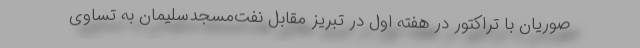
صوریان با تراکتور در هفته اول در تبریز مقابل نفت‌مسجدسلیمان به تساوی